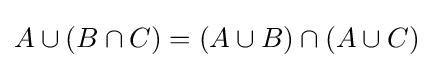
A\cup (B\cap C)=(A\cup B)\cap (A\cup C)